system: You are a helpful assistant.
user:
Analyze the provided spectrum to determine if it is a **M-type Giant (gM)**.

A M-type Giant spectrum is defined by its **strong molecular absorption** features, particularly from **Titanium Oxide (TiO)**. You must check for one of the following mutually exclusive signatures:

- **Key Visual Indicators (Absorption-Dominated Spectrum):**

    - **(Primary):** The spectrum is dominated by strong molecular absorption from **Titanium Oxide (TiO)**. This is the **defining feature** of its M-type temperature class.
        - **(Key Bandheads):** Look for sharp, "saw-tooth" absorption valleys. The strongest are located near **~7050 Å**, **~6160 Å**, and **~5170 Å**.
        - **(Line Profile):** The "saw-tooth" morphology is critical: a **sharp, steep drop on the BLUE (short-wavelength) side** of the bandhead, followed by a gradual recovery (rising flux) towards the RED (long-wavelength) side.

    - **(Key Confirmation - Giant vs. Dwarf):** **ABSENCE** of strong **Calcium Hydride (CaH)** molecular bands. This is the primary diagnostic for *excluding* M-dwarfs.
        - **(Key Region):** The spectrum should lack the strong, broad absorption band seen in dwarfs between **~6800 Å and ~7000 Å**.

    - **(Secondary Confirmation - Giant):** A very strong and broad **Neutral Calcium (Ca I)** atomic absorption line.
        - **(Key Line):** Located at **~4226 Å**. In a giant (gM), this line is significantly deeper and broader than the same line in an M-dwarf (dM) due to low surface gravity.

    - **(Overall Spectrum):**
        - The continuum is **extremely red-sloping** (i.e., flux is very low in the blue and rises dramatically towards the red).
        - The entire spectrum appears "chopped up" by the deep TiO bands.

Think first, call **spectral_visualization_tool** if needed to examine features in detail, then provide your final answer. Your response must adhere to the following strict rules:
1.  **Overall Structure:** Your response must follow the format `<think>...</think> <tool_call>...</tool_call> (if a tool is used) <answer>...</answer>`.
2.  **Tool Usage Constraint:** You may only make **one** tool call per turn.
3.  **Final Answer Format:** In the `<answer>` tag, your conclusion must be inside a `\boxed{}` command (e.g., `\boxed{YES}` or `\boxed{NO}`), followed by your justification.

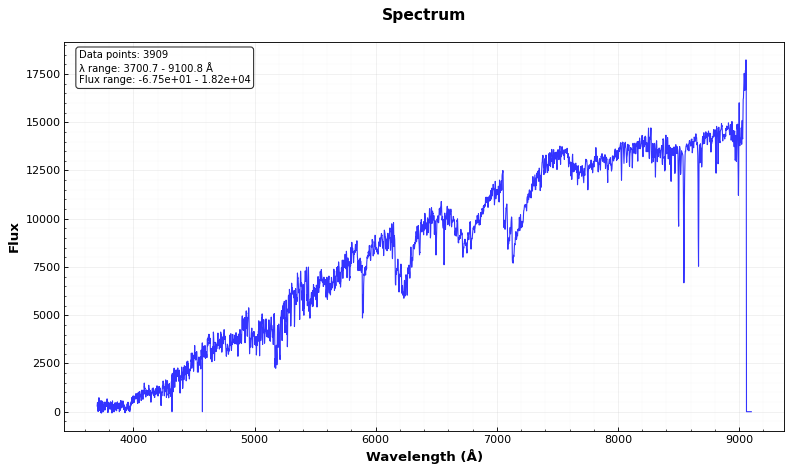
Answer: YES